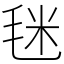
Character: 毩